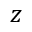
z